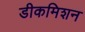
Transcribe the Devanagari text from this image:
डीकमिशन